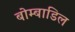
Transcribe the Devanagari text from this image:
बोम्बाडिल